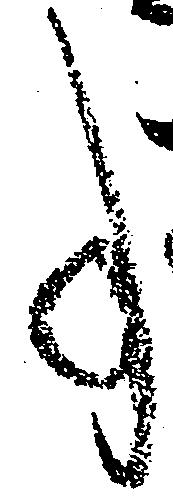
事